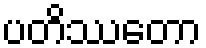
ပတိဿတော